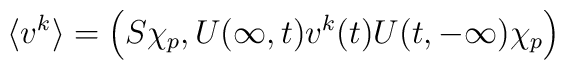
\langle v^k \rangle = \left( S \chi_p , U(\infty,t) v^k(t) U(t,-\infty) \chi_p \right)